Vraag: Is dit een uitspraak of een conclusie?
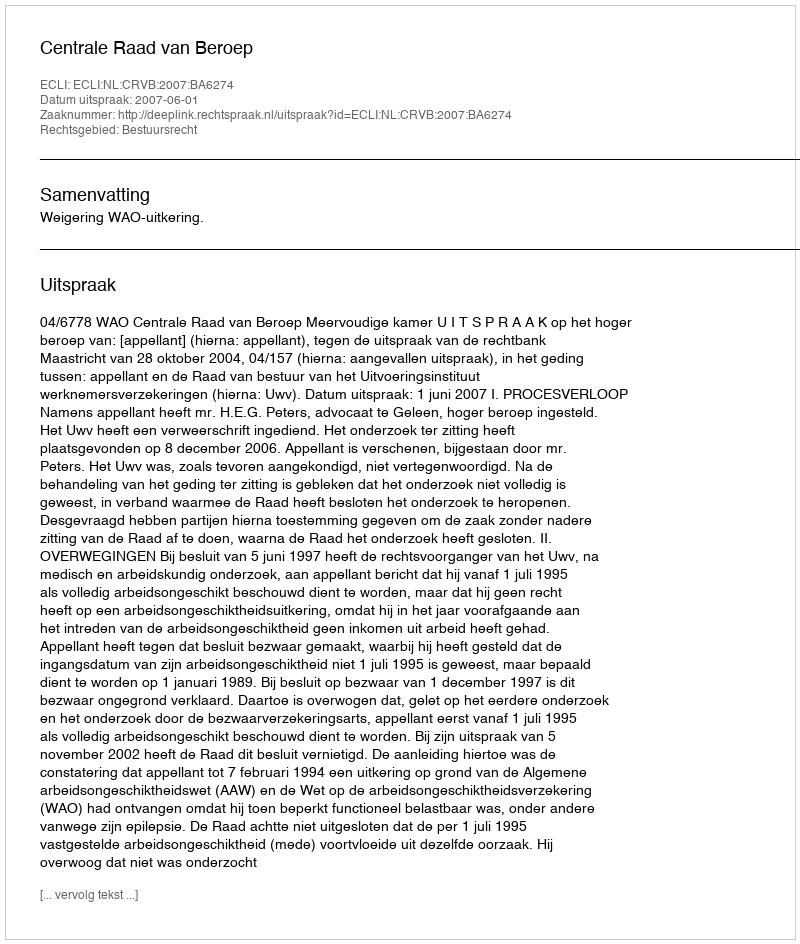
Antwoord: Uitspraak